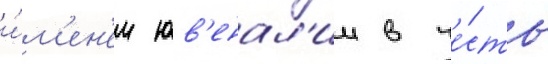
и́м'ен'ем юв'енал'ии в че́сть